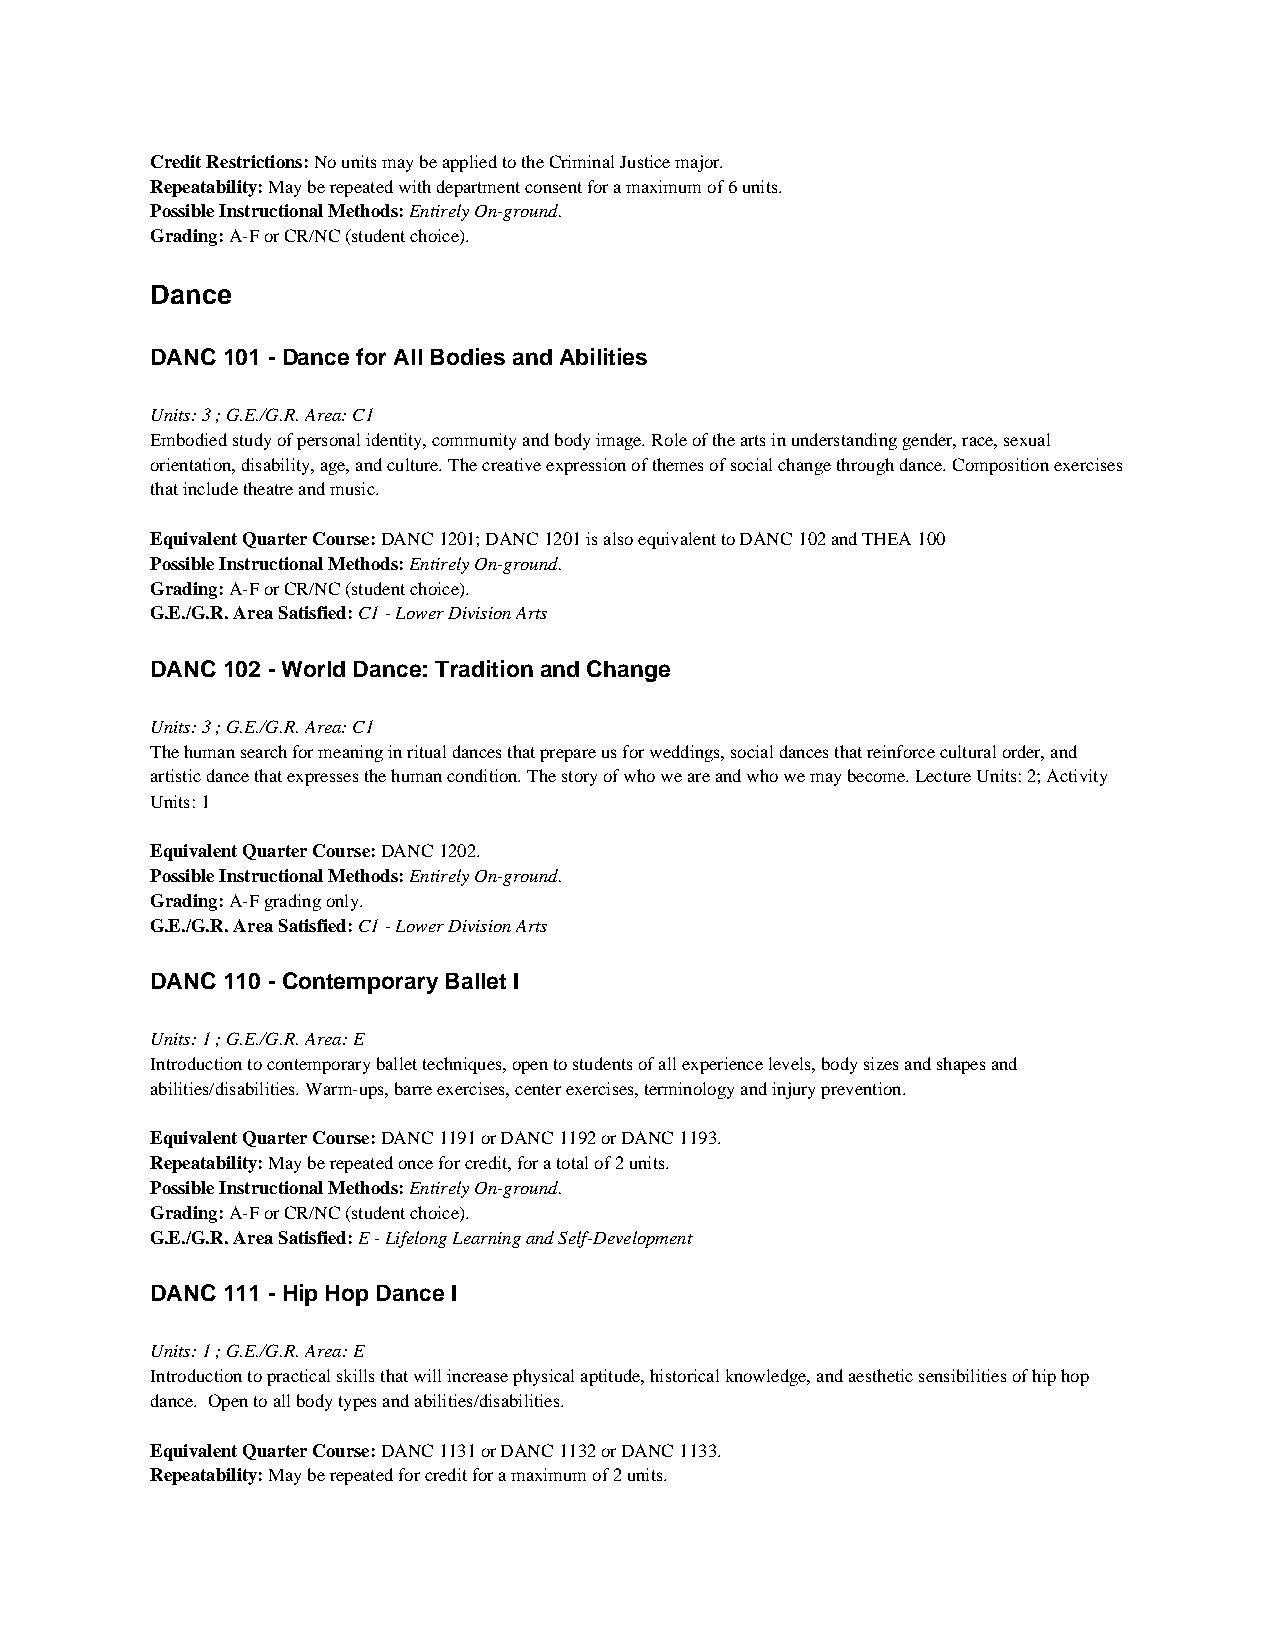
Credit Restrictions: No units may be applied to the Criminal Justice major.
 Repeatability: May be repeated with department consent for a maximum of 6 units.
 Possible Instructional Methods: Entirely On-ground.
 Grading: A-F or CR/NC (student choice).
 Dance
 DANC 101 - Dance for All Bodies and Abilities
 Units: 3 ; G.E./G.R. Area: C1
 Embodied study of personal identity, community and body image. Role of the arts in understanding gender, race, sexual
 orientation, disability, age, and culture. The creative expression of themes of social change through dance. Composition exercises
 that include theatre and music.
 Equivalent Quarter Course: DANC 1201; DANC 1201 is also equivalent to DANC 102 and THEA 100
 Possible Instructional Methods: Entirely On-ground.
 Grading: A-F or CR/NC (student choice).
 G.E./G.R. Area Satisfied: C1 - Lower Division Arts
 DANC 102 - World Dance: Tradition and Change
 Units: 3 ; G.E./G.R. Area: C1
 The human search for meaning in ritual dances that prepare us for weddings, social dances that reinforce cultural order, and
 artistic dance that expresses the human condition. The story of who we are and who we may become. Lecture Units: 2; Activity
 Units: 1
 Equivalent Quarter Course: DANC 1202.
 Possible Instructional Methods: Entirely On-ground.
 Grading: A-F grading only.
 G.E./G.R. Area Satisfied: C1 - Lower Division Arts
 DANC 110 - Contemporary Ballet I
 Units: 1 ; G.E./G.R. Area: E
 Introduction to contemporary ballet techniques, open to students of all experience levels, body sizes and shapes and
 abilities/disabilities. Warm-ups, barre exercises, center exercises, terminology and injury prevention.
 Equivalent Quarter Course: DANC 1191 or DANC 1192 or DANC 1193.
 Repeatability: May be repeated once for credit, for a total of 2 units.
 Possible Instructional Methods: Entirely On-ground.
 Grading: A-F or CR/NC (student choice).
 G.E./G.R. Area Satisfied: E - Lifelong Learning and Self-Development
 DANC 111 - Hip Hop Dance I
 Units: 1 ; G.E./G.R. Area: E
 Introduction to practical skills that will increase physical aptitude, historical knowledge, and aesthetic sensibilities of hip hop
 dance. Open to all body types and abilities/disabilities.
 Equivalent Quarter Course: DANC 1131 or DANC 1132 or DANC 1133.
 Repeatability: May be repeated for credit for a maximum of 2 units.